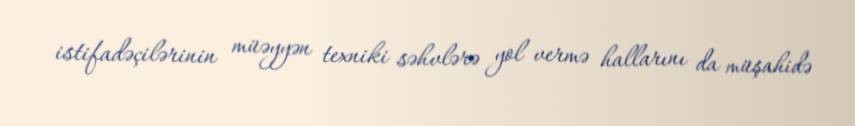
istifadəçilərinin müəyyən texniki səhvlərə yol vermə hallarını da müşahidə